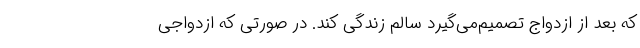
که بعد از ازدواج تصمیم‌می‌گیرد سالم زندگی کند. در صورتی که ازدواجی